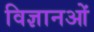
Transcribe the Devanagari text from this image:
विज्ञानओं